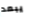
يبعد